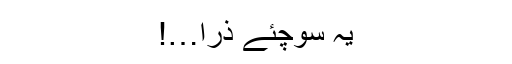
یہ سوچئے ذرا…!